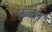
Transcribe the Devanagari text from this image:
फ़ता